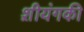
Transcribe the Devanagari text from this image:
श़ीयंगकी